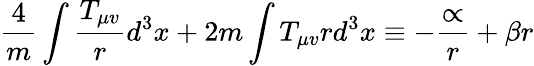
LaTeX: \frac{4}{m}\int\frac{T_{\mu v}}{r}d^{3}x+2m\int T_{\mu v}rd^{3}x\equiv-\frac{\propto}{r}+\beta r